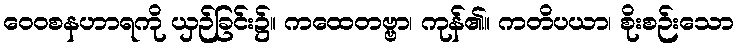
ဝေဝစနဟာရကို ယှဉ်ခြင်း၌။ ကထေတဗ္ဗာ၊ ကုန်၏။ ကတိပယာ၊ စိုးစဉ်းသော